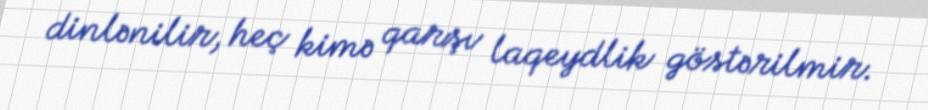
dinlənilir, heç kimə qarşı laqeydlik göstərilmir.